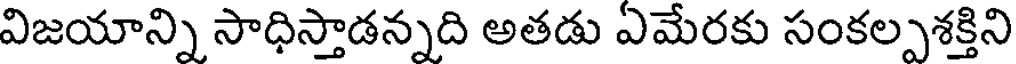
విజయాన్ని సాధిస్తాడన్నది అతడు ఏమేరకు సంకల్పశక్తిని